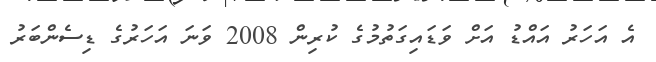
އެ އަހަރު އައްޑު އަށް ވަޑައިގަތުމުގެ ކުރިން 2008 ވަނަ އަހަރުގެ ޑިސެންބަރު